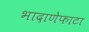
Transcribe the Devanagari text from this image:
भादाणेफाटा